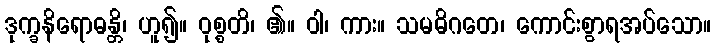
ဒုက္ခနိရောဓန္တိ၊ ဟူ၍။ ဝုစ္စတိ၊ ၏။ ဝါ၊ ကား။ သမဓိဂတေ၊ ကောင်းစွာရအပ်သော။